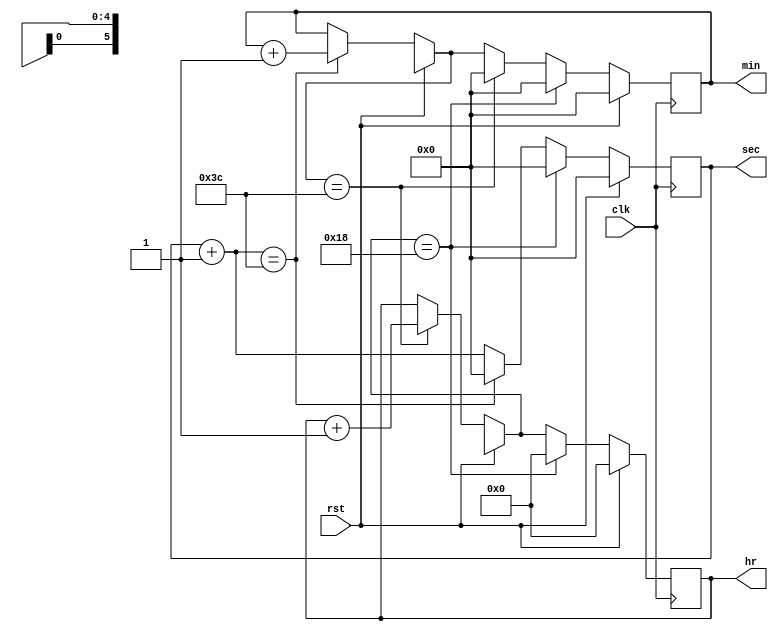
`timescale 1ns / 1ps
//////////////////////////////////////////////////////////////////////////////////
// Company: 
// Engineer: 
// 
// Design Name: 
// Module Name: DIGITAL_CLOCK
// Project Name: 
// Target Devices: 
// Tool Versions: 
// Description: 
// 
// Dependencies: 
// 
// Revision:
// Revision 0.01 - File Created
// Additional Comments:
// 
//////////////////////////////////////////////////////////////////////////////////


module DIGITAL_CLOCK(clk,rst,sec,hr,min);
input clk, rst;
output reg [5:0]sec;
output reg [5:0]min;
output reg [4:0]hr;
always@(posedge (clk))
begin
if (rst == 1)
      begin
      sec=0;
      hr=0;
      min=0;
      end
else 
   begin
    sec=sec+1;
       if (sec==60)
            begin
            min=min+1;
            sec=0;
            end
      
                   if (min==60)
                      begin
                      hr=hr+1;
                      min=0;
                      end
                  
                           if (hr==24)
                              begin
                              hr=0;
                              min=0;
                              sec=0;
                              end                
 end
end
endmodule